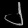
Digit: ၂